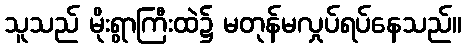
သူသည် မိုးရွာကြီးထဲ၌ မတုန်မလှုပ်ရပ်နေသည်။